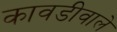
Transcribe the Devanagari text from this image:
कावडीवाले